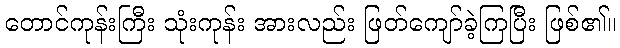
တောင်ကုန်းကြီး သုံးကုန်း အားလည်း ဖြတ်ကျော်ခဲ့ကြပြီး ဖြစ်၏။